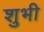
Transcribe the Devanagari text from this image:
शुभी